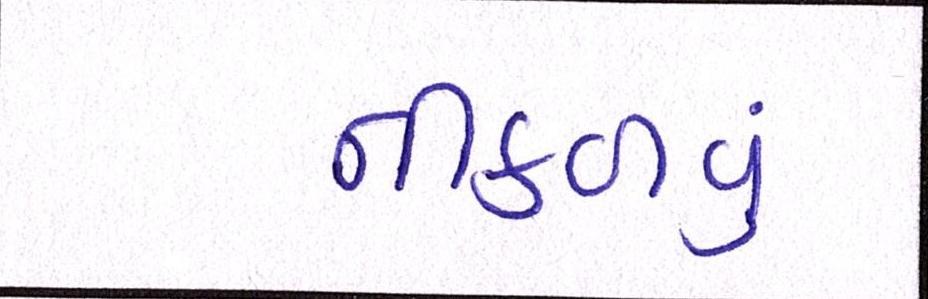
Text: નીકળવું